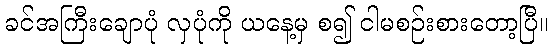
ခင်အကြီးချောပုံ လှပုံကို ယနေ့မှ စ၍ ငါမစဉ်းစားတော့ပြီ။